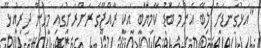
"އަޅުގަނޑަށް ލިބޭ އެންމެ ބޮޑު ކާމިޔާބީ އަކީ ރާއްޖޭގެ ރަށްރަށުގައި މީހުން ދިރިއުޅޭ